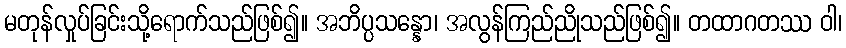
မတုန်လှုပ်ခြင်းသို့ရောက်သည်ဖြစ်၍။ အဘိပ္ပသန္နော၊ အလွန်ကြည်ညိုသည်ဖြစ်၍။ တထာဂတဿ ဝါ၊